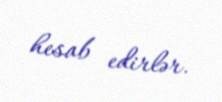
hesab edirlər.